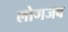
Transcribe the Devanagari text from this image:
लोगजब